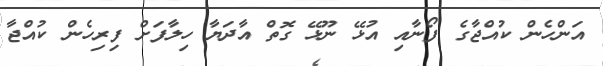
އަންހެން ކުއްޖާގެ ފޯނާއި އުޅޭ ނޫޅޭ ގޮތް އާދަޔާ ހިލާފަށް ފިރިހެން ކުއްޖާ